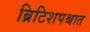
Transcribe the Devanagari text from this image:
ब्रिटिशपश्चात